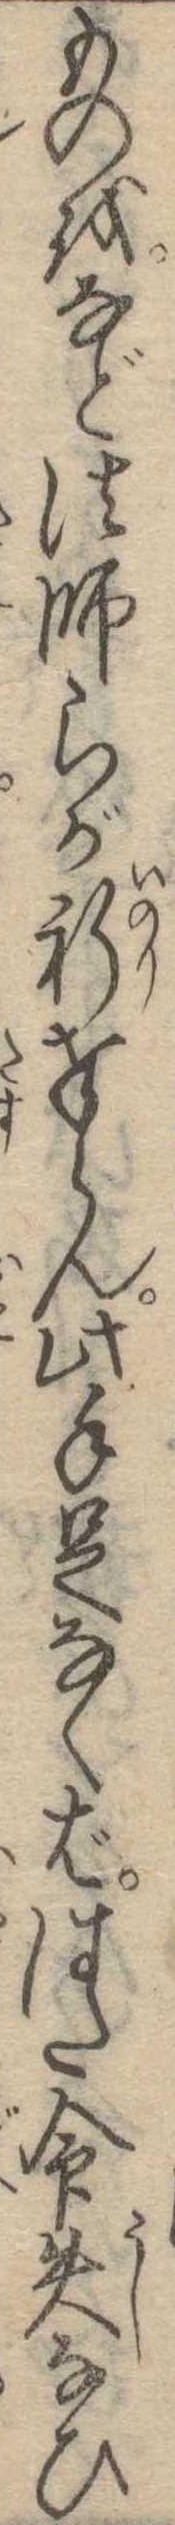
ものをなど法師らが祈奉らん此手足なくばはた命失なひ